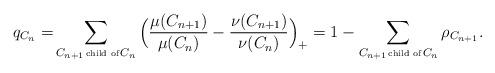
LaTeX: \begin{align*}q_{C_n}=&\sum_{C_{n+1} \!\hbox{\tiny{ child of }}\! C_n}\Big(\frac{\mu(C_{n+1})}{\mu(C_n)}-\frac{\nu(C_{n+1})}{\nu(C_n)} \Big)_+=1 - \sum_{C_{n+1} \!\hbox{\tiny{ child of }}\! C_n} \rho_{C_{n+1}}.\end{align*}